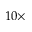
1 0 \times